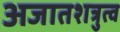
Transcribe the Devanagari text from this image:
अजातशत्रुत्व